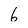
Character: 6